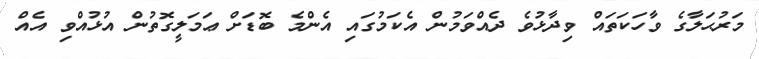
މަރުޙަލާގެ ވާހަކަތައް ވިދާޅުވެ ދެއްވަމުން އެކަމުގައި އެންމެ ބޮޑަށް ޢަމަލީގޮތުން އުޅުއްވި އެއް